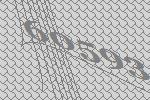
60593